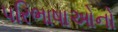
પરિભાષાઓનો